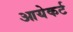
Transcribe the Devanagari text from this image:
आयेकर्ट